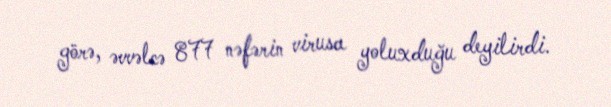
görə, əvvəlcə 877 nəfərin virusa yoluxduğu deyilirdi.